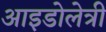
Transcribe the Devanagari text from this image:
आइडोलेत्री